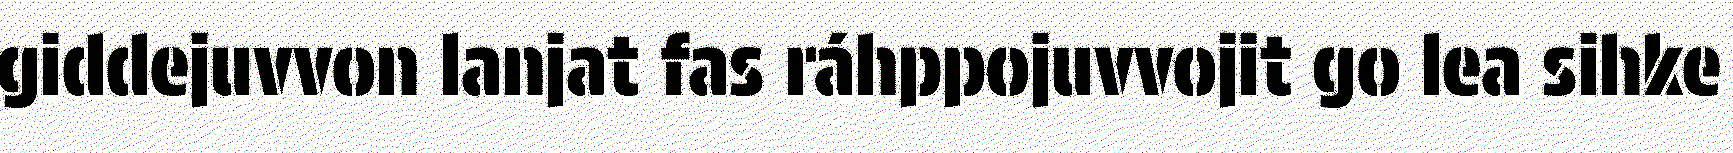
giddejuvvon lanjat fas ráhppojuvvojit go lea sihke